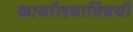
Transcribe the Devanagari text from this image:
कार्यालयाविषयी